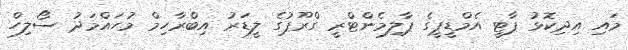
މައި އިދިިކޮޅު ޕާޓީ އެމްޑީޕީގެ ޕާލިމެންޓްރީ ގްރޫޕުގެ ލީޑަރު އިބްރާހިމް މުހައްމަދު ސޯލިހް